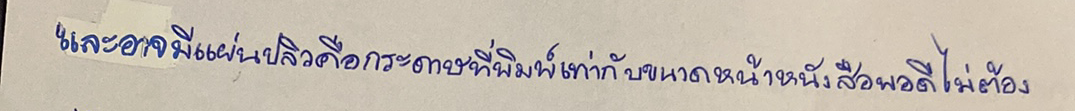
และอาจมีแผ่นปลิวคือกระดาษที่พิมพ์เท่ากับขนาดหน้าหนังสือพอดีไม่ต้อง